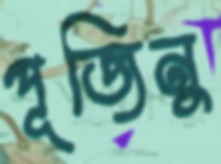
পূজিনু